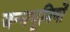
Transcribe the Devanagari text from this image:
जन्मभूमियों